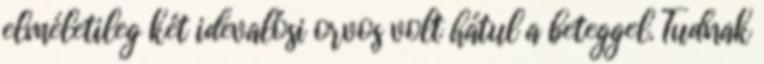
elméletileg két idevalósi orvos volt hátul a beteggel. Tudnak